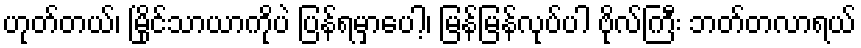
ဟုတ်တယ်၊ မြိုင်သာယာကိုပဲ ပြန်ရမှာပေါ့၊ မြန်မြန်လုပ်ပါ ဗိုလ်ကြီး ဘတ်တလာရယ်